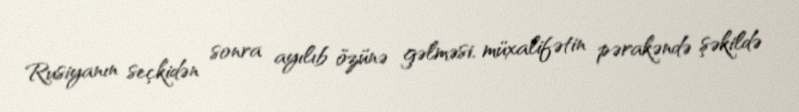
Rusiyanın seçkidən sonra ayılıb özünə gəlməsi, müxalifətin pərakəndə şəkildə